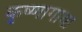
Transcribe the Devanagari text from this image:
कृष्णागाथा